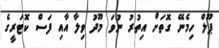
ޕޫލް ހިމެނޭ ގޮތަށް އިތުރު ނުވަ މޫދު ވިލާ އާއި ފަސް ކޮޓަރީގެ